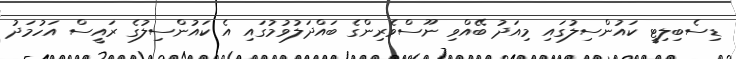
ޑިސެބިލިޓީ ކައުންސިލުގައި މިއަދު ބޭއްވި ނޫސްވެރިންގެ ބައްދަލުވުމުގައި އެ ކައުންސިލުގެ ރައީސް އަހުމަދު